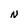
Character: N